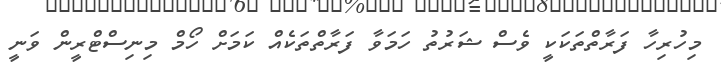
މިހުރިހާ ފަރާތްތަކަކީ ވެސް ޝަރުތު ހަމަވާ ފަރާތްތަކެއް ކަމަށް ހޯމް މިނިސްޓްރީން ވަނީ